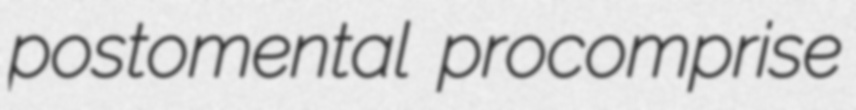
postomental procomprise